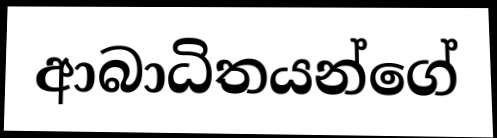
ආබාධිතයන්ගේ